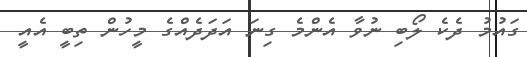
ގައުމު ދެކެ ލޯބި ނުވާ އެންމެ ގިނަ އަދަދެއްގެ މީހުން ތިބީ އެއީ